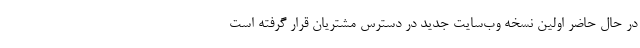
در حال حاضر اولین نسخه وب‌سایت جدید در دسترس مشتریان قرار گرفته است